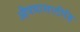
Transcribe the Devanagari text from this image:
औषधासाठीहि